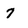
Character: 7